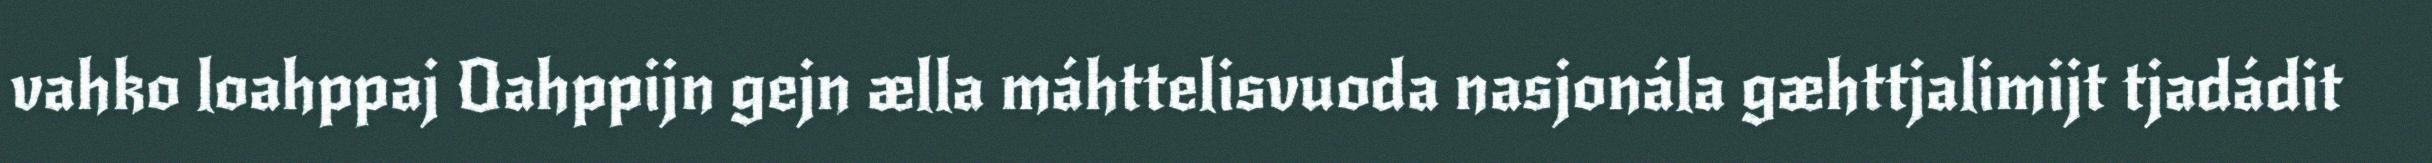
vahko loahppaj Oahppijn gejn ælla máhttelisvuoda nasjonála gæhttjalimijt tjadádit